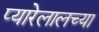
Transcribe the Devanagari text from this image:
प्यारेलालच्या